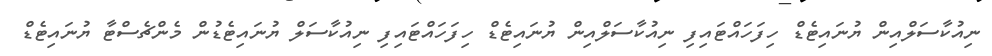
ނިއުކާސަލްއިން ޔުނައިޓެޑް ހިފަހައްޓައިފި ނިއުކާސަލްއިން ޔުނައިޓެޑް ހިފަހައްޓައިފި ނިއުކާސަލް ޔުނައިޓެޑުން މެންޗެސްޓާ ޔުނައިޓެޑް